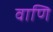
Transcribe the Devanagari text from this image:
वाणि